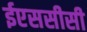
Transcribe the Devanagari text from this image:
ईएससीसी